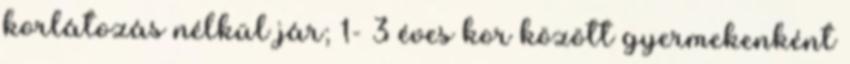
korlátozás nélkül jár; 1- 3 éves kor között gyermekenként